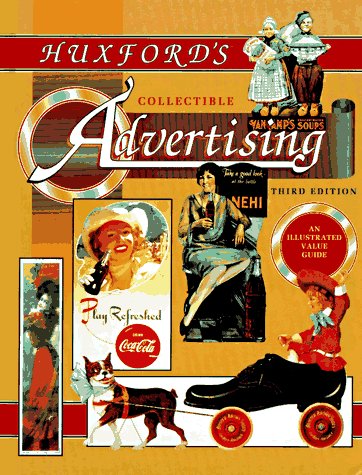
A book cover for Huxford's Collectible Advertising (3rd ed); Sharon Huxford; Crafts, Hobbies & Home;